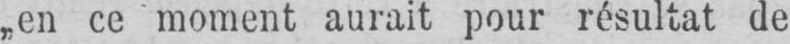
„en ce moment aurait pour résultat de